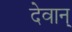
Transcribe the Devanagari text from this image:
देवान्